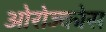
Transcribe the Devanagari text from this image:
ओरोज्कोस